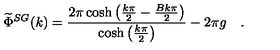
\widetilde { \Phi } ^ { S G } ( k ) = \frac { 2 \pi \cosh \left( \frac { k \pi } { 2 } - \frac { B k \pi } { 2 } \right) } { \cosh \left( \frac { k \pi } { 2 } \right) } - 2 \pi g \quad .